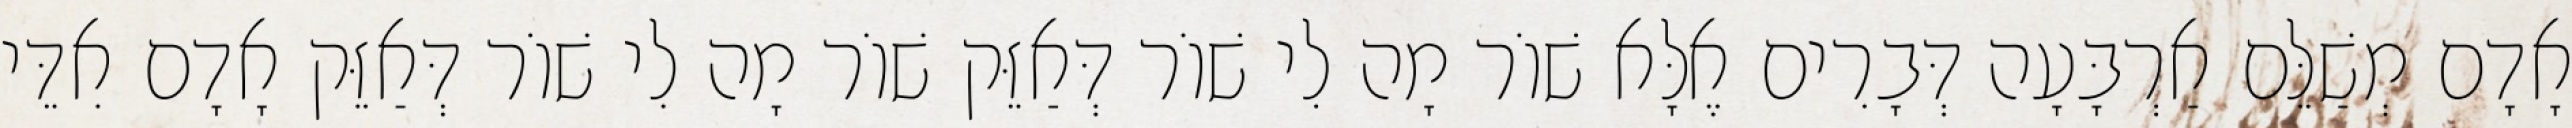
אָדָם מְשַׁלֵּם אַרְבָּעָה דְּבָרִים אֶלָּא שׁוֹר מָה לִי שׁוֹר דְּאַזֵּק שׁוֹר מָה לִי שׁוֹר דְּאַזֵּק אָדָם אִדֵּי